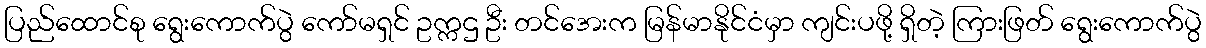
ပြည်ထောင်စု ရွေးကောက်ပွဲ ကော်မရှင် ဥက္ကဌ ဦး တင်အေးက မြန်မာနိုင်ငံမှာ ကျင်းပဖို့ ရှိတဲ့ ကြားဖြတ် ရွေးကောက်ပွဲ